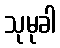
သုမုခါ